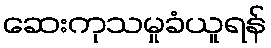
ဆေးကုသမှုခံယူရန်